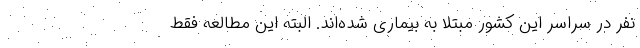
نفر در سراسر این کشور مبتلا به بیماری شده‌اند. البته این مطالعه فقط